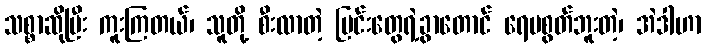
သစ္စာဆိုပြီး ကူးကြတယ်၊ သူတို့ စီးလာတဲ့ မြင်းတွေရဲ့ခွာတောင် ရေမစွတ်ဘူးတဲ့၊ အဲဒါဟာ